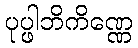
ပုပ္ဖါဘိကိဏ္ဏေ